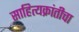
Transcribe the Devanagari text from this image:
साहित्यक्रांतीचा